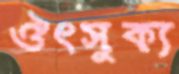
ঔৎসুক্য